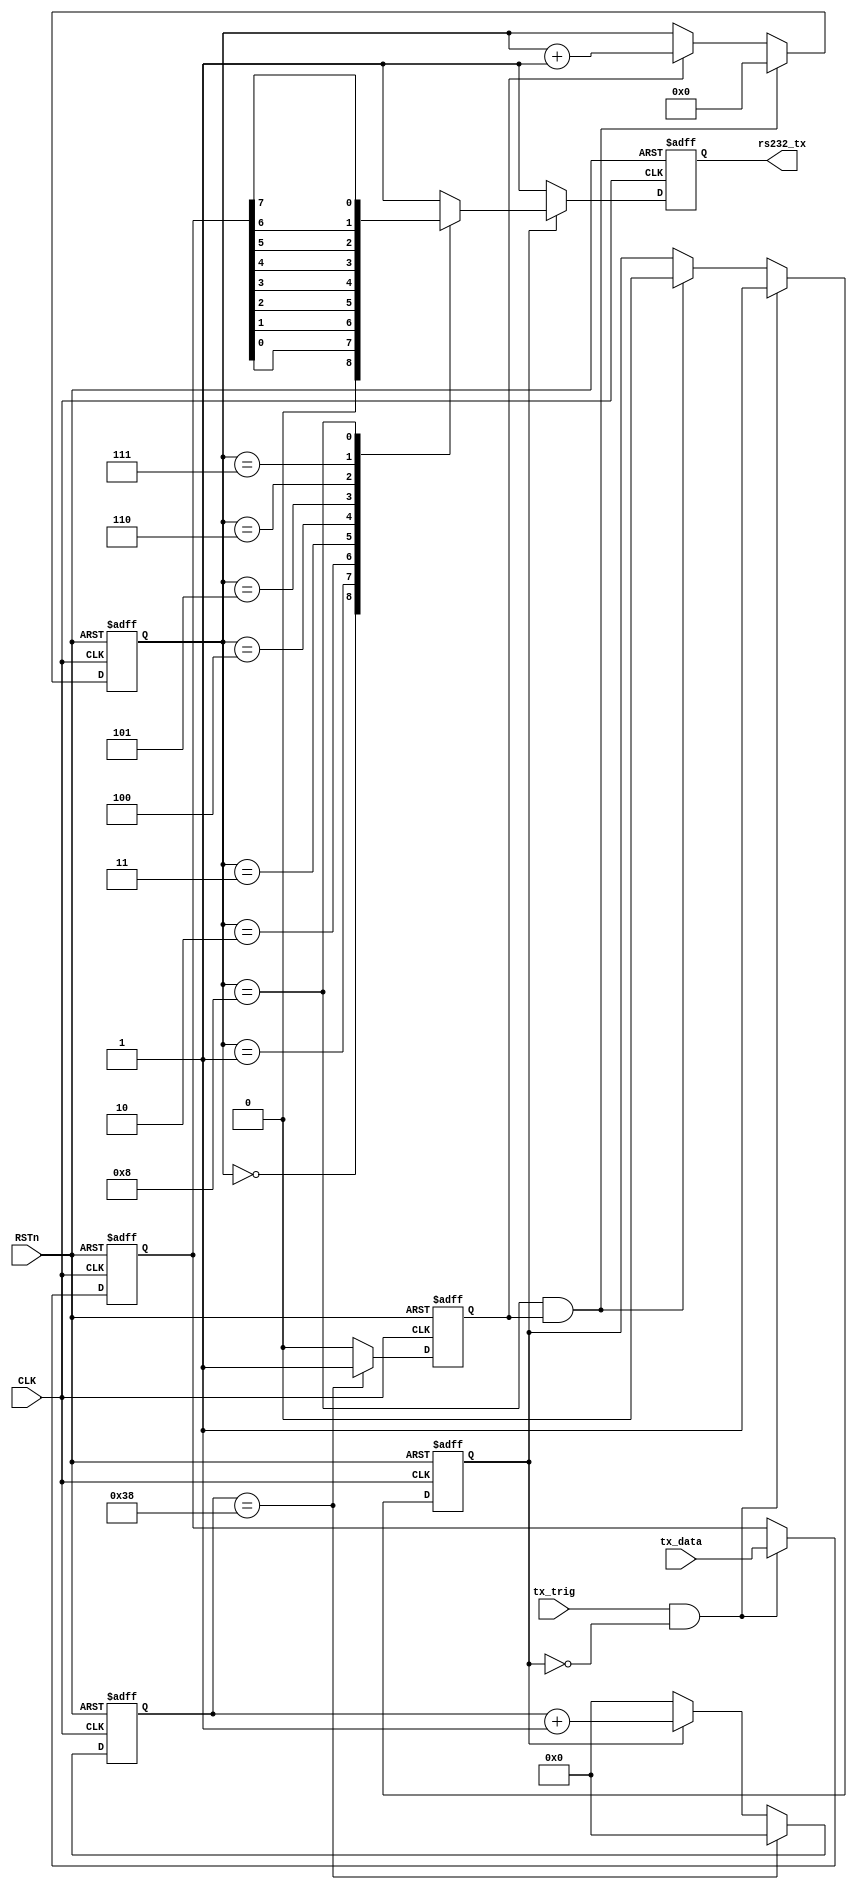
//***********************************************************//
//******************uart transfer module*****************//
//***********************************************************//
`define SIM
module uart_tx#(
	parameter DATAWIDTH 		= 8,
	parameter BAUD_CNT_WIDTH 	= 32,
	parameter BIT_CNT_WIDTH 	= 4

)
(
	input 								CLK,
	input 								RSTn,
	input 		[ DATAWIDTH - 1 : 0 ] 	tx_data,//data
	input 								tx_trig,//transfer sig
	output  reg							rs232_tx//transfer data
);
`ifndef SIM
localparam BAUD_END = 5207;//simulate time too long,change to 56(560)
`else
localparam BAUD_END = 56;
`endif
localparam BAUD_M 	= BAUD_END / 2 - 1;
localparam BIT_END 	= 8;

reg [ DATAWIDTH - 1 : 0 	 ] 	tx_data_r;
reg 							tx_flag;
reg [ BAUD_CNT_WIDTH - 1 : 0 ] 	baud_cnt;
reg 							bit_flag;
reg [ BIT_CNT_WIDTH - 1 : 0  ] 	bit_cnt;
//reg                             rs232_tx_t;

//tx_data_r
always @(posedge CLK or  negedge RSTn) begin
	if (!RSTn) begin
		// reset
		tx_data_r <= 0;
	end
	else if (tx_trig == 1 && tx_flag == 0) begin
		tx_data_r <= tx_data;
	end
end


//tx_flag
always @(posedge CLK or negedge RSTn) begin
	if (!RSTn) begin
		// reset
		tx_flag <= 0;
	end
	else if (tx_trig == 1 && tx_flag == 0) begin
		tx_flag <= 1;
	end
	else if (bit_cnt == BIT_END && bit_flag == 1) begin
		tx_flag <= 0;
	end
end
//baud_cnt
always @(posedge CLK or  negedge RSTn) begin
	if (!RSTn) begin
		// reset
		baud_cnt <= 0;
	end
	else if (baud_cnt == BAUD_END) begin
		baud_cnt <= 0;
	end
	else if (tx_flag) begin
		baud_cnt <= baud_cnt + 1;
	end
	else begin
		baud_cnt <= 0;
	end

end
//bit_flag
always @(posedge CLK or  negedge RSTn) begin
	if (!RSTn) begin
		// reset
		bit_flag <= 0;
	end
	else if (baud_cnt == BAUD_END) begin
		bit_flag <= 1;
	end
	else begin
		bit_flag <= 0;
	end
end
//bit_cnt
always @(posedge CLK or negedge RSTn) begin
	if (!RSTn) begin
		// reset
		bit_cnt <= 0;
	end
	else if (bit_flag == 1 && bit_cnt == BIT_END) begin
		bit_cnt <= 0;
	end
	else if (bit_flag) begin
		bit_cnt <= bit_cnt + 1;
	end
end
//rs232_tx
always @(posedge CLK or negedge RSTn) begin
	if (!RSTn) begin
		// reset
		rs232_tx <= 1;
	end
	else if (tx_flag) begin
		case(bit_cnt)
		0:		rs232_tx <= 0;
		1:		rs232_tx <= tx_data_r[0];
		2:		rs232_tx <= tx_data_r[1];
		3:		rs232_tx <= tx_data_r[2];
		4:		rs232_tx <= tx_data_r[3];
		5:		rs232_tx <= tx_data_r[4];
		6:		rs232_tx <= tx_data_r[5];
		7:		rs232_tx <= tx_data_r[6];
		8:		rs232_tx <= tx_data_r[7];
		default:rs232_tx <= 1;

		endcase
	end
	else begin
		rs232_tx <= 1;
	end
end

//assign rs232_tx = rs232_tx_t;
endmodule